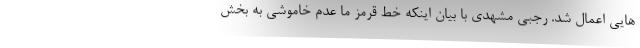
هایی اعمال شد. رجبی مشهدی با بیان اینکه خط قرمز ما عدم خاموشی به بخش